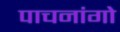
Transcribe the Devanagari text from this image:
पाचनांगो